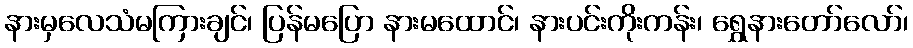
နားမှလေသံမကြားချင်၊ ပြန်မပြော နားမထောင်၊ နားပင်းကိုးကန်း၊ ရွှေနားတော်လော်၊